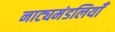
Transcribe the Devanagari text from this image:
नाट्यमंडलियाँ